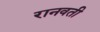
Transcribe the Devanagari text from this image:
रानवती